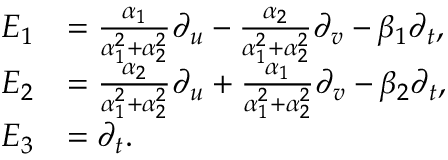
\begin{array} { r l } { E _ { 1 } } & { = \frac { \alpha _ { 1 } } { \alpha _ { 1 } ^ { 2 } + \alpha _ { 2 } ^ { 2 } } \partial _ { u } - \frac { \alpha _ { 2 } } { \alpha _ { 1 } ^ { 2 } + \alpha _ { 2 } ^ { 2 } } \partial _ { v } - \beta _ { 1 } \partial _ { t } , } \\ { E _ { 2 } } & { = \frac { \alpha _ { 2 } } { \alpha _ { 1 } ^ { 2 } + \alpha _ { 2 } ^ { 2 } } \partial _ { u } + \frac { \alpha _ { 1 } } { \alpha _ { 1 } ^ { 2 } + \alpha _ { 2 } ^ { 2 } } \partial _ { v } - \beta _ { 2 } \partial _ { t } , } \\ { E _ { 3 } } & { = \partial _ { t } . } \end{array}